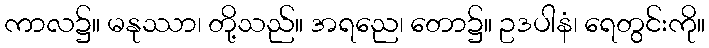
ကာလ၌။ မနုဿာ၊ တို့သည်။ အရညေ၊ တော၌။ ဥဒပါနံ၊ ရေတွင်းကို။